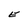
Character: E